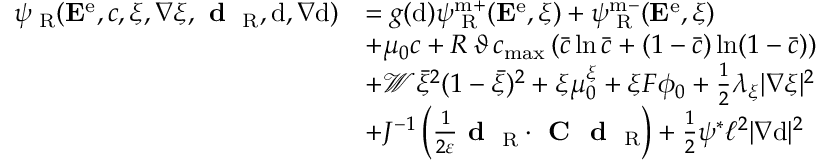
\begin{array} { r l } { { \psi } _ { \mathrm { \tiny ~ R } } ( { \bf E } ^ { \mathrm { e } } , c , \xi , \nabla \xi , \textbf { d } _ { \mathrm { \tiny ~ R } } , \mathrm { d } , \nabla \mathrm { d } ) } & { = g ( \mathrm { d } ) \psi _ { \mathrm { \tiny ~ R } } ^ { \mathrm { m + } } ( { \bf E } ^ { \mathrm { e } } , \xi ) + \psi _ { \mathrm { \tiny ~ R } } ^ { \mathrm { m - } } ( { \bf E } ^ { \mathrm { e } } , \xi ) } \\ & { + \mu _ { 0 } c + R \, \vartheta \, c _ { \mathrm { m a x } } \left( \bar { c } \ln \bar { c } + ( 1 - \bar { c } ) \ln ( 1 - \bar { c } ) \right) } \\ & { + \mathcal { W } \bar { \xi } ^ { 2 } ( 1 - \bar { \xi } ) ^ { 2 } + \xi \mu _ { 0 } ^ { \xi } + \xi F \phi _ { 0 } + \frac { 1 } { 2 } \lambda _ { \xi } | \nabla \xi | ^ { 2 } } \\ & { + J ^ { - 1 } \left( \frac { 1 } { 2 \varepsilon } \textbf { d } _ { \mathrm { \tiny ~ R } } \cdot \textbf { C } \textbf { d } _ { \mathrm { \tiny ~ R } } \right) + \frac { 1 } { 2 } \psi ^ { * } \ell ^ { 2 } | \nabla \mathrm { d } | ^ { 2 } } \end{array}